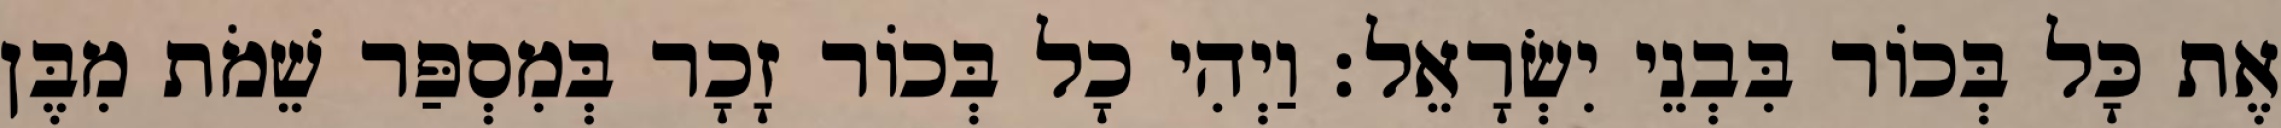
אֶת כָּל בְּכוֹר בִּבְנֵי יִשְׂרָאֵל׃ וַיְהִי כָל בְּכוֹר זָכָר בְּמִסְפַּר שֵׁמֹת מִבֶּן